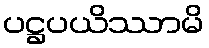
ပဋ္ဌပယိဿာမိ